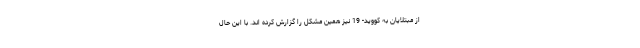
از مبتلایان به کووید- 19 نیز همین مشکل را گزارش کرده اند. با این حال